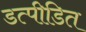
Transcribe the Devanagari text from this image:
डत्पीडित